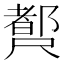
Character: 𡳣